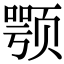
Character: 颚